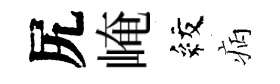
尻崦紋病